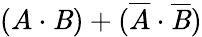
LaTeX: (A\cdot\mathit{B})+({\overline{{{A}}}}\cdot{\overline{{{\mathit{B}}}}})